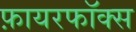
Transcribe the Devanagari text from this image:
फ़ायरफॉक्स